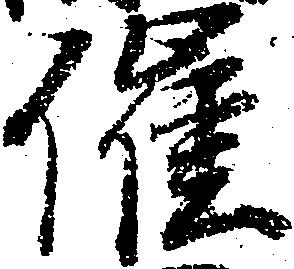
催